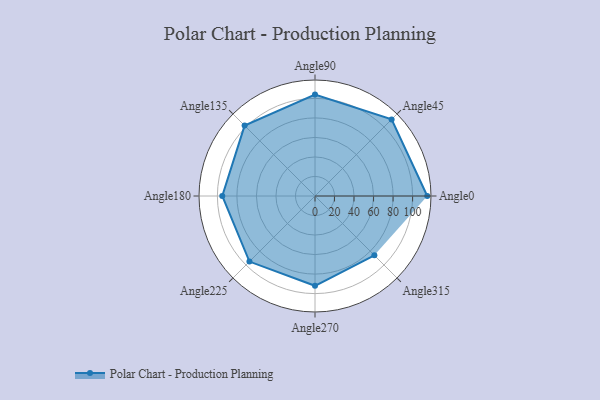
{"axis": {"x": "Angle", "y": "Radius"}, "legend": [""], "data": [{"x": "Angle0", "y": 115.0, "type": ""}, {"x": "Angle45", "y": 111.0, "type": ""}, {"x": "Angle90", "y": 104.0, "type": ""}, {"x": "Angle135", "y": 102.0, "type": ""}, {"x": "Angle180", "y": 95.0, "type": ""}, {"x": "Angle225", "y": 95.0, "type": ""}, {"x": "Angle270", "y": 92.0, "type": ""}, {"x": "Angle315", "y": 86.0, "type": ""}]}